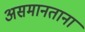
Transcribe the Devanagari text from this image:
असमानताना